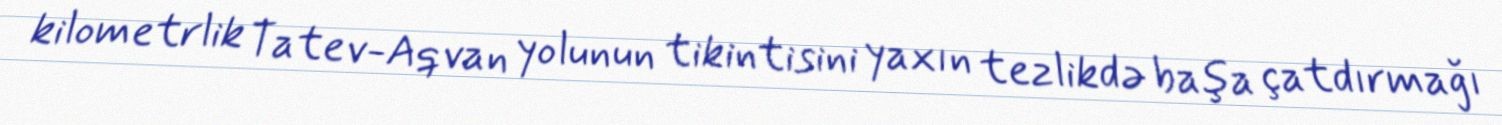
kilometrlik Tatev-Aqvan yolunun tikintisini yaxın tezlikdə başa çatdırmağı